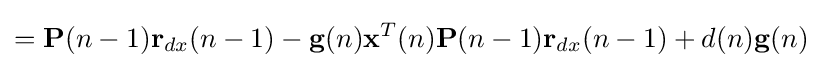
=\mathbf {P} (n-1)\mathbf {r} _{dx}(n-1)-\mathbf {g} (n)\mathbf {x} ^{T}(n)\mathbf {P} (n-1)\mathbf {r} _{dx}(n-1)+d(n)\mathbf {g} (n)